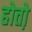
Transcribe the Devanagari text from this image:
होतो़